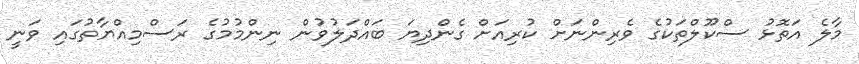
މާލެ އަތޮޅު ސްކޫލްތަކުގެ ވެރިންނަށް ކުރިއަށް ގެންދިޔަ ބައްދަލުވުން ނިންމުމުގެ ރަސްމިއްޔާތުގައި ވަނީ